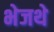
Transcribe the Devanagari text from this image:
भेजथे